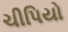
ચીપિયો